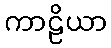
ကာဠိယာ